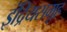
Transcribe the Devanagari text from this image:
इंद्रियसमूह